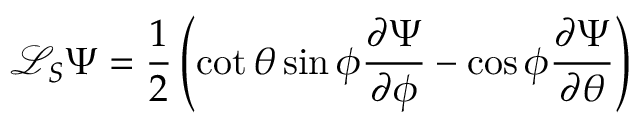
\mathcal { L } _ { S } \Psi = \frac { 1 } { 2 } \left( \cot { \theta } \sin { \phi } \frac { \partial \Psi } { \partial \phi } - \cos { \phi } \frac { \partial \Psi } { \partial \theta } \right)